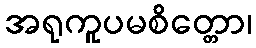
အရုကူပမစိတ္တော၊